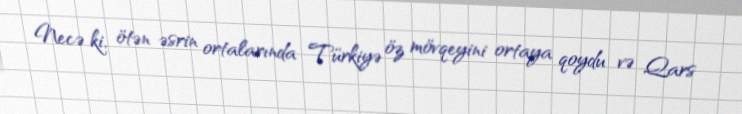
Necə ki, ötən əsrin ortalarında Türkiyə öz mövqeyini ortaya qoydu və Qars